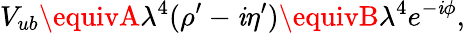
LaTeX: V_{ub}\equivA\lambda^{4}(\rho^{\prime}-\mathit{i}\eta^{\prime})\equivB\lambda^{4}e^{-\mathit{i}\phi},